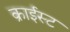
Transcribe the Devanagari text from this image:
क्राईस्ट